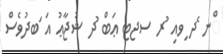
ްނ ެދ ިވއި ުރ ސޖޓ ޢަބް ުދ ޝުޖާޢު އަ ަބދުވެސް